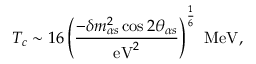
T _ { c } \sim 1 6 \left( { \frac { - \delta m _ { \alpha s } ^ { 2 } \cos 2 \theta _ { \alpha s } } { \mathrm { e V } ^ { 2 } } } \right) ^ { \frac { 1 } { 6 } } \ \mathrm { M e V } ,